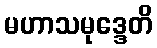
မဟာသမုဒ္ဒေတိ